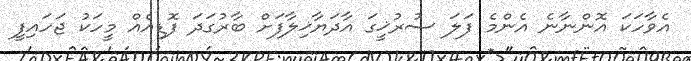
އެވާހަކަ އޮންނާނެ އެންމެ ފަލަ ސުރުޚީގަ އާދަޔާޚިލާފަށް ބާރުގަދަ ފޮޑިއެއް މީހަކު ޖަހައިފީ